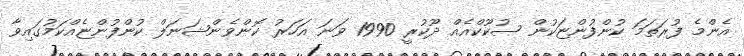
އެންމެ ފުރަތަމަ ކުންފުންޏަކުން ޞުކޫކްއެއް ދޫކުރީ 1990 ވަނަ އަހަރު ކޮންވެންޝަނަލް ކުންފުންޏެއްކަމުގައިވާ